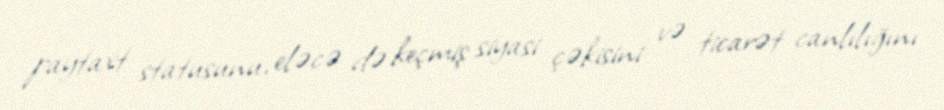
paytaxt statusunu, eləcə də keçmiş siyasi çəkisini və ticarət canlılığını